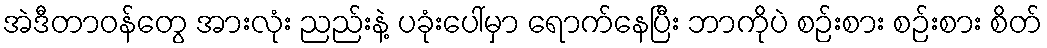
အဲဒီတာဝန်တွေ အားလုံး ညည်းနဲ့ ပခုံးပေါ်မှာ ရောက်နေပြီး ဘာကိုပဲ စဉ်းစား စဉ်းစား စိတ်